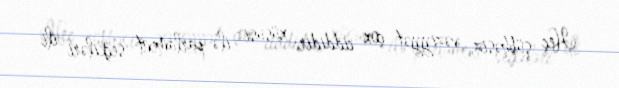
Heç şübhəsiz, vəziyyət çox ciddidir; xüsusi ilə parlament seçkiləri ili